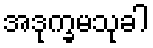
အဒုက္ခမသုခါ